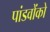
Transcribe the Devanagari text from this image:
पांडवोंको